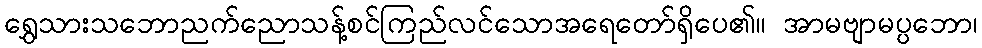
ရွှေသားသဘောညက်ညောသန့်စင်ကြည်လင်သောအရေတော်ရှိပေ၏။ အာမဗျာမပ္ပဘော၊